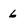
Character: 6